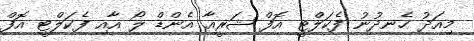
މިއަދު ހެނދުނު ފެކަލްޓީ އޮފް ޝަރީއާ އެންޑް ލޯ އާއި ފެކަލްޓީ އޮފް